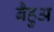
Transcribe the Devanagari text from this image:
बैहुअ